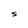
Character: S